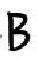
B